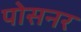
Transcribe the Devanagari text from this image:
पोसनर